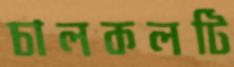
চালকলটি